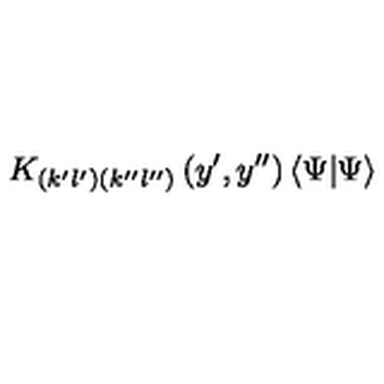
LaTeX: K _ { \left( k ^ { \prime } l ^ { \prime } \right) \left( k ^ { \prime \prime } l ^ { \prime \prime } \right) } \left( y ^ { \prime } , y ^ { \prime \prime } \right) \left\langle \Psi | \Psi \right\rangle